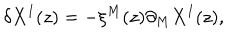
LaTeX: \delta X ^ { I } ( z ) = - \xi ^ { M } ( z ) \partial _ { M } X ^ { I } ( z ) ,